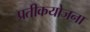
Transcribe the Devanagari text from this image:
प्रतीकयोजना